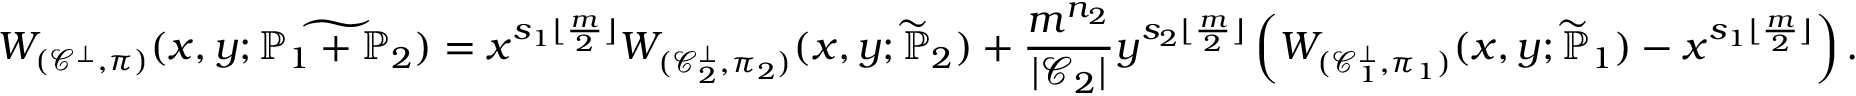
W _ { ( \mathcal { C } ^ { \bot } , \pi ) } ( x , y ; \widetilde { \mathbb { P } _ { 1 } + \mathbb { P } _ { 2 } } ) = x ^ { s _ { 1 } \lfloor \frac { m } { 2 } \rfloor } W _ { ( \mathcal { C } _ { 2 } ^ { \bot } , \pi _ { 2 } ) } ( x , y ; \widetilde { \mathbb { P } } _ { 2 } ) + \frac { m ^ { n _ { 2 } } } { | \mathcal { C } _ { 2 } | } y ^ { s _ { 2 } \lfloor \frac { m } { 2 } \rfloor } \left( W _ { ( \mathcal { C } _ { 1 } ^ { \bot } , \pi _ { 1 } ) } ( x , y ; \widetilde { \mathbb { P } } _ { 1 } ) - x ^ { s _ { 1 } \lfloor \frac { m } { 2 } \rfloor } \right) .